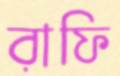
রাফি